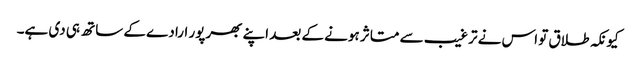
کیونکہ طلاق تو اس نے ترغیب سے متاثر ہونے کے بعد اپنے بھرپور ارادے کے ساتھ ہی دی ہے۔